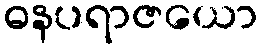
ဓနပရာဇယော